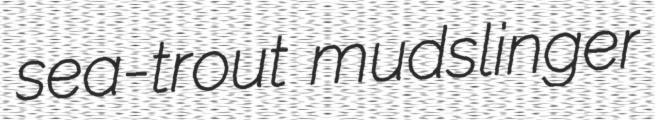
sea-trout mudslinger